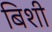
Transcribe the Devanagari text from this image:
बिशी